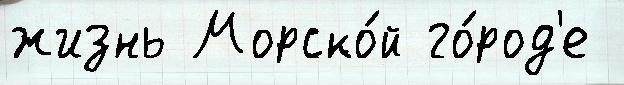
жизнь Морско́й го́род'е